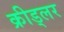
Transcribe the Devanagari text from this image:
क्रीड्लर